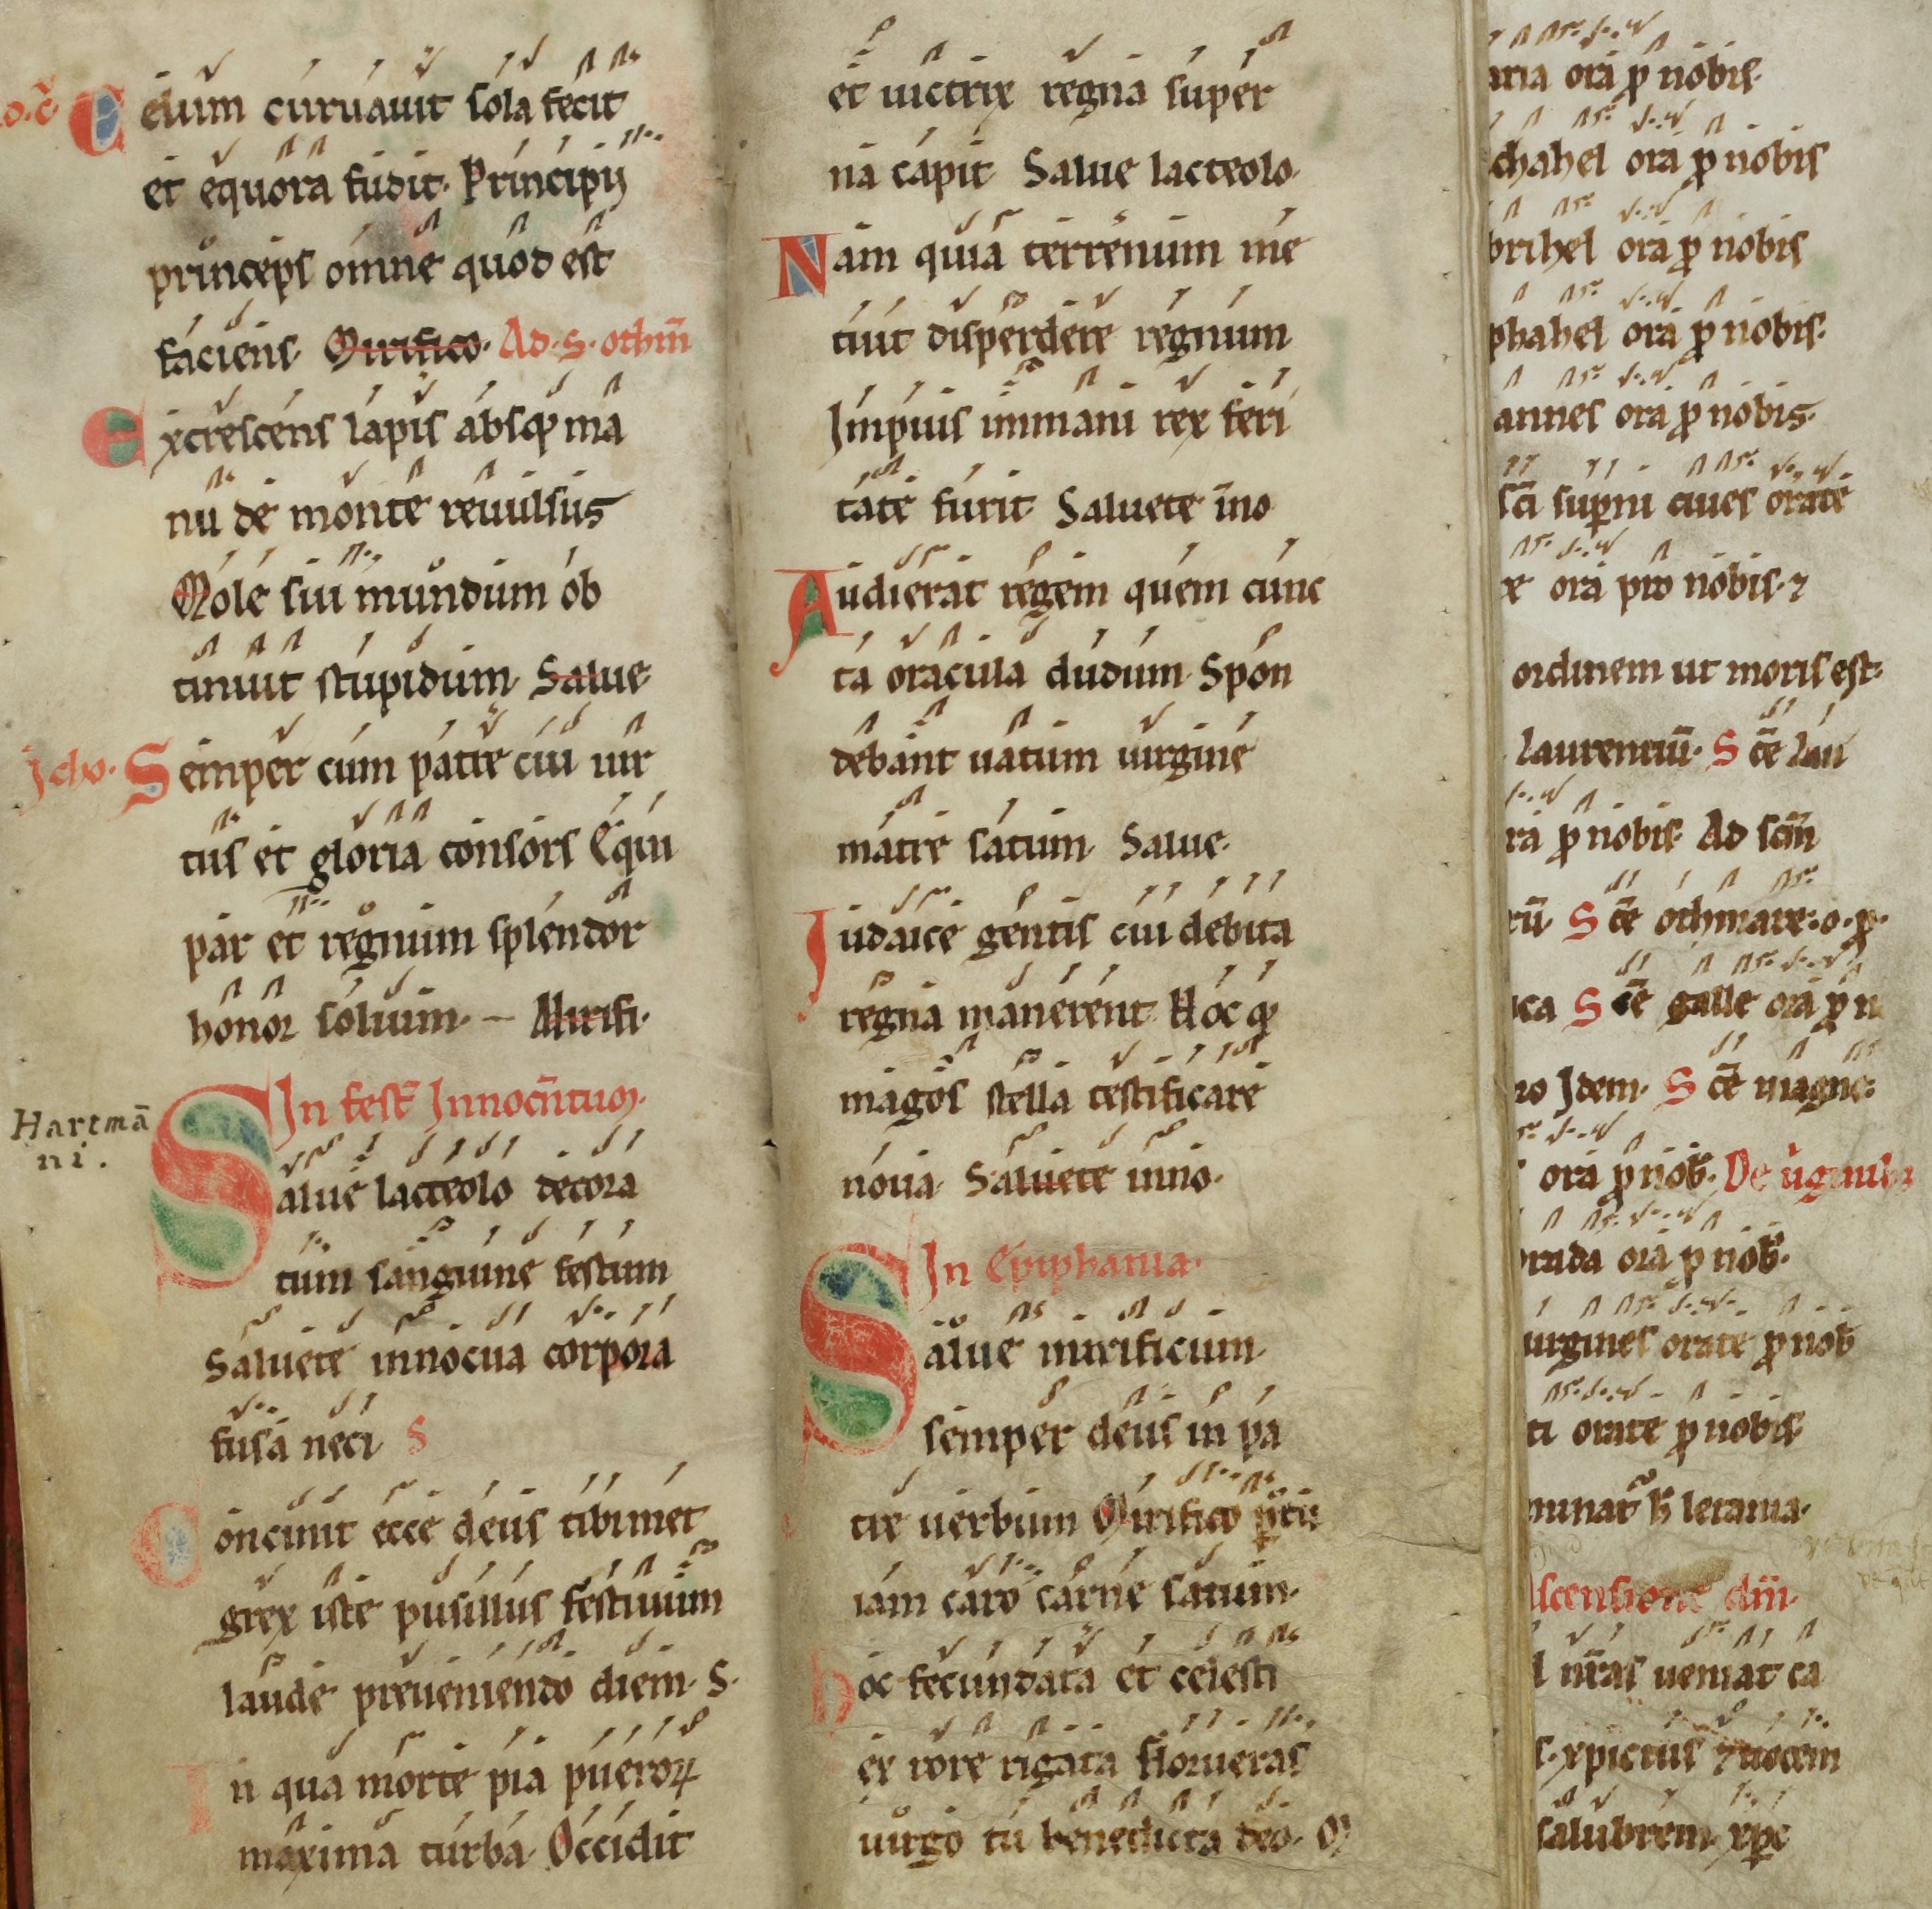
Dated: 1100–1199